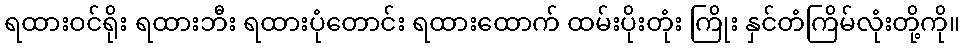
ရထားဝင်ရိုး ရထားဘီး ရထားပုံတောင်း ရထားထောက် ထမ်းပိုးတုံး ကြိုး နှင်တံကြိမ်လုံးတို့ကို။